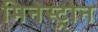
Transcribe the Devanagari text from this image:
मिनेस्ट्रोन